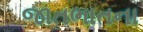
જાતભાતના